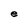
Character: e